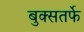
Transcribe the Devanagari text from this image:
बुक्सतर्फे